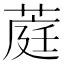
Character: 𬝪